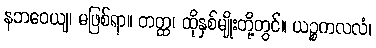
နဘဝေယျ၊ မဖြစ်ရာ။ တတ္ထ၊ ထိုနှစ်မျိုးတို့တွင်။ ယဉ္စကလလံ၊